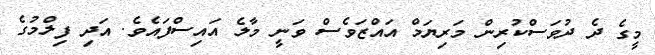
މީގެ ދެ ދުވަސްކުރިން މަރިޔަމް އައްޒަވެސް ވަނީ މާލެ އައިސްފައެވެ. އަދި ފިލްމުގެ